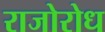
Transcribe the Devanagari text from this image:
राजोरोध